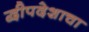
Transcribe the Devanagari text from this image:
द्वीपदेशाचा